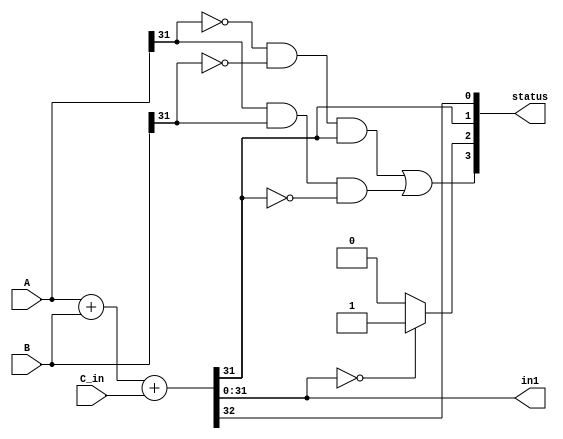
module adder (A,B,C_in,in1,status);
input [31:0] A;
input [31:0] B;
input C_in;
output reg [31:0] in1;
output reg [3:0] status;
reg C_out;

always @(A or B or C_in) begin
 {C_out, in1} = A + B + C_in;
 status[0] = C_out;
 status[1] = in1[31];
 if (in1 == 32'b0)
	status[2] = 1;
	else
	status[2] = 0;
 status[3] = ((~A[31])&(~B[31])&(in1[31])) | ((A[31])&(B[31])&(~in1[31]));
 end
endmodule 


module xorfunc (in2,A,B);
input [31:0] A;
input [31:0] B;
output [31:0] in2;

assign in2[0] = A[0] ^ B[0];
assign in2[1] = A[1] ^ B[1];
assign in2[2] = A[2] ^ B[2];
assign in2[3] = A[3] ^ B[3];
assign in2[4] = A[4] ^ B[4];
assign in2[5] = A[5] ^ B[5];
assign in2[6] = A[6] ^ B[6];
assign in2[7] = A[7] ^ B[7];
assign in2[8] = A[8] ^ B[8];
assign in2[9] = A[9] ^ B[9];
assign in2[10] = A[10] ^ B[10];
assign in2[11] = A[11] ^ B[11];
assign in2[12] = A[12] ^ B[12];
assign in2[13] = A[13] ^ B[13];
assign in2[14] = A[14] ^ B[14];
assign in2[15] = A[15] ^ B[15];
assign in2[16] = A[16] ^ B[16];
assign in2[17] = A[17] ^ B[17];
assign in2[18] = A[18] ^ B[18];
assign in2[19] = A[19] ^ B[19];
assign in2[20] = A[20] ^ B[20];
assign in2[21] = A[21] ^ B[21];
assign in2[22] = A[22] ^ B[22];
assign in2[23] = A[23] ^ B[23];
assign in2[24] = A[24] ^ B[24];
assign in2[25] = A[25] ^ B[25];
assign in2[26] = A[26] ^ B[26];
assign in2[27] = A[27] ^ B[27];
assign in2[28] = A[28] ^ B[28];
assign in2[29] = A[29] ^ B[29];
assign in2[30] = A[30] ^ B[30];
assign in2[31] = A[31] ^ B[31];

endmodule 


module andfunc (in3,A,B);
input [31:0] A;
input [31:0] B;
output [31:0] in3;

assign in3[0] = A[0] & B[0];
assign in3[1] = A[1] & B[1];
assign in3[2] = A[2] & B[2];
assign in3[3] = A[3] & B[3];
assign in3[4] = A[4] & B[4];
assign in3[5] = A[5] & B[5];
assign in3[6] = A[6] & B[6];
assign in3[7] = A[7] & B[7];
assign in3[8] = A[8] & B[8];
assign in3[9] = A[9] & B[9];
assign in3[10] = A[10] & B[10];
assign in3[11] = A[11] & B[11];
assign in3[12] = A[12] & B[12];
assign in3[13] = A[13] & B[13];
assign in3[14] = A[14] & B[14];
assign in3[15] = A[15] & B[15];
assign in3[16] = A[16] & B[16];
assign in3[17] = A[17] & B[17];
assign in3[18] = A[18] & B[18];
assign in3[19] = A[19] & B[19];
assign in3[20] = A[20] & B[20];
assign in3[21] = A[21] & B[21];
assign in3[22] = A[22] & B[22];
assign in3[23] = A[23] & B[23];
assign in3[24] = A[24] & B[24];
assign in3[25] = A[25] & B[25];
assign in3[26] = A[26] & B[26];
assign in3[27] = A[27] & B[27];
assign in3[28] = A[28] & B[28];
assign in3[29] = A[29] & B[29];
assign in3[30] = A[30] & B[30];
assign in3[31] = A[31] & B[31];

endmodule 


module orfunc (in4,A,B);
input [31:0] A;
input [31:0] B;
output [31:0] in4;

assign in4[0] = A[0] | B[0];
assign in4[1] = A[1] | B[1];
assign in4[2] = A[2] | B[2];
assign in4[3] = A[3] | B[3];
assign in4[4] = A[4] | B[4];
assign in4[5] = A[5] | B[5];
assign in4[6] = A[6] | B[6];
assign in4[7] = A[7] | B[7];
assign in4[8] = A[8] | B[8];
assign in4[9] = A[9] | B[9];
assign in4[10] = A[10] | B[10];
assign in4[11] = A[11] | B[11];
assign in4[12] = A[12] | B[12];
assign in4[13] = A[13] | B[13];
assign in4[14] = A[14] | B[14];
assign in4[15] = A[15] | B[15];
assign in4[16] = A[16] | B[16];
assign in4[17] = A[17] | B[17];
assign in4[18] = A[18] | B[18];
assign in4[19] = A[19] | B[19];
assign in4[20] = A[20] | B[20];
assign in4[21] = A[21] | B[21];
assign in4[22] = A[22] | B[22];
assign in4[23] = A[23] | B[23];
assign in4[24] = A[24] | B[24];
assign in4[25] = A[25] | B[25];
assign in4[26] = A[26] | B[26];
assign in4[27] = A[27] | B[27];
assign in4[28] = A[28] | B[28];
assign in4[29] = A[29] | B[29];
assign in4[30] = A[30] | B[30];
assign in4[31] = A[31] | B[31];

endmodule 


module norfunc (in5,A,B);
input [31:0] A;
input [31:0] B;
output [31:0] in5;

assign in5[0] = ~(A[0] | B[0]);
assign in5[1] = ~(A[1] | B[1]);
assign in5[2] = ~(A[2] | B[2]);
assign in5[3] = ~(A[3] | B[3]);
assign in5[4] = ~(A[4] | B[4]);
assign in5[5] = ~(A[5] | B[5]);
assign in5[6] = ~(A[6] | B[6]);
assign in5[7] = ~(A[7] | B[7]);
assign in5[8] = ~(A[8] | B[8]);
assign in5[9] = ~(A[9] | B[9]);
assign in5[10] = ~(A[10] | B[10]);
assign in5[11] = ~(A[11] | B[11]);
assign in5[12] = ~(A[12] | B[12]);
assign in5[13] = ~(A[13] | B[13]);
assign in5[14] = ~(A[14] | B[14]);
assign in5[15] = ~(A[15] | B[15]);
assign in5[16] = ~(A[16] | B[16]);
assign in5[17] = ~(A[17] | B[17]);
assign in5[18] = ~(A[18] | B[18]);
assign in5[19] = ~(A[19] | B[19]);
assign in5[20] = ~(A[20] | B[20]);
assign in5[21] = ~(A[21] | B[21]);
assign in5[22] = ~(A[22] | B[22]);
assign in5[23] = ~(A[23] | B[23]);
assign in5[24] = ~(A[24] | B[24]);
assign in5[25] = ~(A[25] | B[25]);
assign in5[26] = ~(A[26] | B[26]);
assign in5[27] = ~(A[27] | B[27]);
assign in5[28] = ~(A[28] | B[28]);
assign in5[29] = ~(A[29] | B[29]);
assign in5[30] = ~(A[30] | B[30]);
assign in5[31] = ~(A[31] | B[31]);

endmodule 


module shifter(A,B,in6,in7);
input [31:0] A;
input [31:0] B;
output reg [31:0] in6;
output reg [31:0] in7;

always @(A or B) begin
 in6 = A << B[4:0];
 in7 = A >> B[4:0];
end
endmodule


module Mux (in1,in2,in3,in4,in5,in6,in7,in8,opcode,out);
input [31:0] in1,in2,in3,in4,in5,in6,in7,in8;
input [2:0] opcode;
output reg [31:0] out;

	
always @(in1 or in2 or in3 or in4 or in5 or in6 or in7 or opcode) begin

	
	case(opcode)
	
	 3'b000 : out = in1;
	 3'b001 : out = in2;
	 3'b010 : out = in3;
	 3'b011 : out = in4;
	 3'b100 : out = in5;
	 3'b101 : out = in6;
	 3'b110 : out = in7;
	 3'b111 : out = 4'b0;
	 default out = 4'b0;
	endcase
end
endmodule

module ALU(A,B,C_in,opcode,out,status);
input [31:0] A;
input [31:0] B;
input C_in;
input [2:0] opcode;
output [31:0] out;
output [3:0] status;
wire [31:0] i0, i1, i2, i3, i4, i5, i6, i7;

   adder addf ( A, B, C_in, i0, status );
	xorfunc xorf ( i1, A, B );
	andfunc andf ( i2, A, B );
	orfunc orf ( i3, A, B );
	norfunc norf ( i4, A, B );
	shifter shifterf ( A, B, i5, i6 );
	
	assign i7 = 32'b0;
	Mux Muxf ( i0, i1, i2, i3, i4, i5, i6, i7, opcode, out );

endmodule